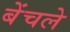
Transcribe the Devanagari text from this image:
बेंचले